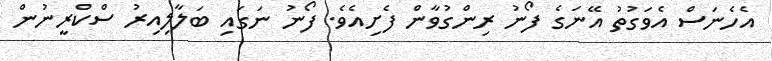
އެހެނަސް އެވަގުތު އޭނަގެ ފޯނު ރިންގުވާން ފެށިއެވެ. ފޯނު ނަގައި ބަލާލިއިރު ސްކްރީނުން